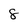
Character: 8